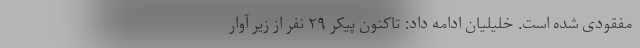
مفقودی شده است. خلیلیان ادامه داد: تاکنون پیکر ۲۹ نفر از زیر آوار